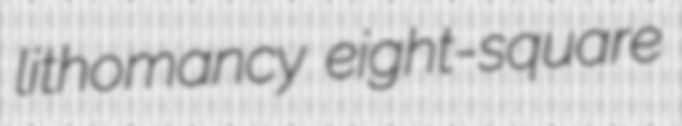
lithomancy eight-square